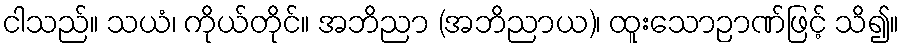
ငါသည်။ သယံ၊ ကိုယ်တိုင်။ အဘိညာ (အဘိညာယ)၊ ထူးသောဉာဏ်ဖြင့် သိ၍။